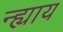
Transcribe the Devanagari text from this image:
न्ह्याय